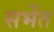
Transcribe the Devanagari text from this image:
सभेंत